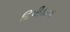
દિપીકાના